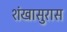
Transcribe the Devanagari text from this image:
शंखासुरास